Scottish Leaving Certificate Examination, 1954
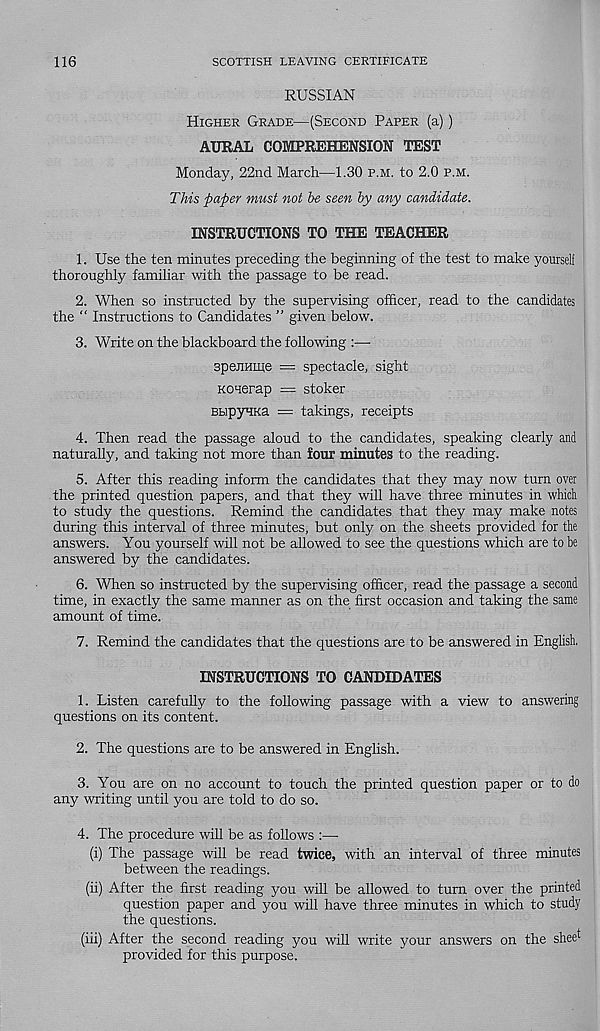
116
SCOTTISH LEAVING CERTIFICATE
RUSSIAN
Higher Grade—(Second Paper (a))
AURAL COMPREHENSION TEST
Monday, 22nd March—1.30 p.m. to 2.0 p.m.
This paper must not he seen by any candidate.
INSTRUCTIONS TO THE TEACHER
1. Use the ten minutes preceding the beginning of the test to make yourself
thoroughly familiar with the passage to be read.
2. When so instructed by the supervising officer, read to the candidates
the “ Instructions to Candidates ” given below.
3. Write on the blackboard the following :—■
speiiHme = spectacle, sight
Koqerap = stoker
BbipyHKa = takings, receipts
4. Then read the passage aloud to the candidates, speaking clearly and
naturally, and taking not more than four minutes to the reading.
5. After this reading inform the candidates that they may now turn over
the printed question papers, and that they will have three minutes in which
to study the questions. Remind the candidates that they may make notes
during this interval of three minutes, but only on the sheets provided for the
answers. You yourself will not be allowed to see the questions which are to be
answered by the candidates.
6. When so instructed by the supervising officer, read the passage a second
time, in exactly the same manner as on the first occasion and taking the same
amount of time.
7. Remind the candidates that the questions are to be answered in English.
INSTRUCTIONS TO CANDIDATES
1. Listen carefully to the following passage with a view to answering
questions on its content.
2. The questions are to be answered in English.
3. You are on no account to touch the printed question paper or to do
any writing until you are told to do so.
4. The procedure will be as follows :—
(i) The passage will be read twice, with an interval of three minutes
between the readings.
(ii) After the first reading you will be allowed to turn over the printed
question paper and you will have three minutes in which to study
the questions.
(iii) After the second reading you will write your answers on the sheet
provided for this purpose.